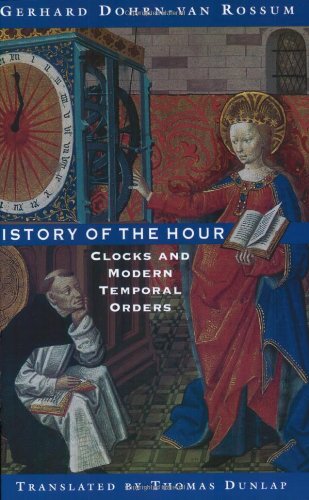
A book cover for History of the Hour: Clocks and Modern Temporal Orders; Gerhard Dohrn-van Rossum; Crafts, Hobbies & Home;